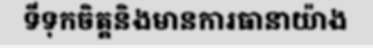
ទីទុកចិត្តនិងមានការធានាយ៉ាង